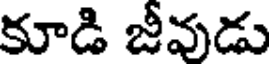
కూడి జీవుడు